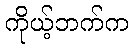
ကိုယ့်ဘက်က